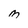
Character: M